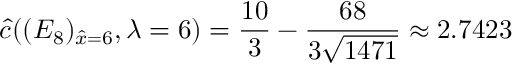
\hat { c } ( ( E _ { 8 } ) _ { \hat { x } = 6 } , \lambda = 6 ) = \frac { 1 0 } { 3 } - \frac { 6 8 } { 3 \sqrt { 1 4 7 1 } } \approx 2 . 7 4 2 3